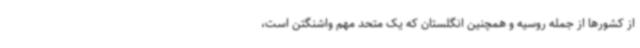
از کشورها از جمله روسیه و همچنین انگلستان که یک متحد مهم واشنگتن است،